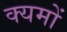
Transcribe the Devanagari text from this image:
क्यमों